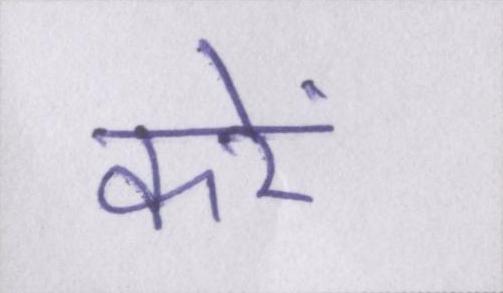
करें